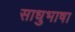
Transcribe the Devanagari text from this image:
साधुभाषा